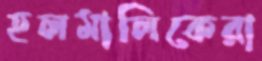
হলমালিকেরা